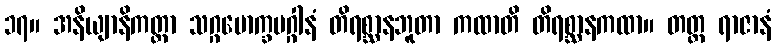
၁၇။ အနိယျာနိကတ္တာ သဂ္ဂမောက္ခမဂ္ဂါနံ တိရစ္ဆာနဘူတာ ကထာတိ တိရစ္ဆာနကထာ။ တတ္ထ ရာဇာနံ